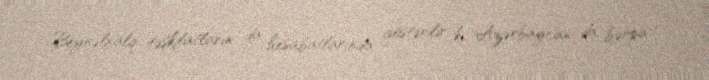
Beynəlxalq təşkilatların da hesabatlarında göstərilir ki, Azərbaycan da bərpa